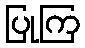
ပြုကြ